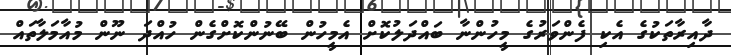
ދާއިރާތަކުގެ އެކި ފެންވަރުގެ މީހުންނާ ބައްދަލުކޮށް އެމީހުން ބޭނުންކޮށްގެން ހުއްދަ ނޫން މުއާމަލާތައް